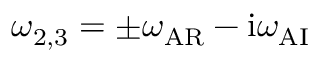
\omega _ { 2 , 3 } = \pm \omega _ { \mathrm { A R } } - \mathrm { i } \omega _ { \mathrm { A I } }